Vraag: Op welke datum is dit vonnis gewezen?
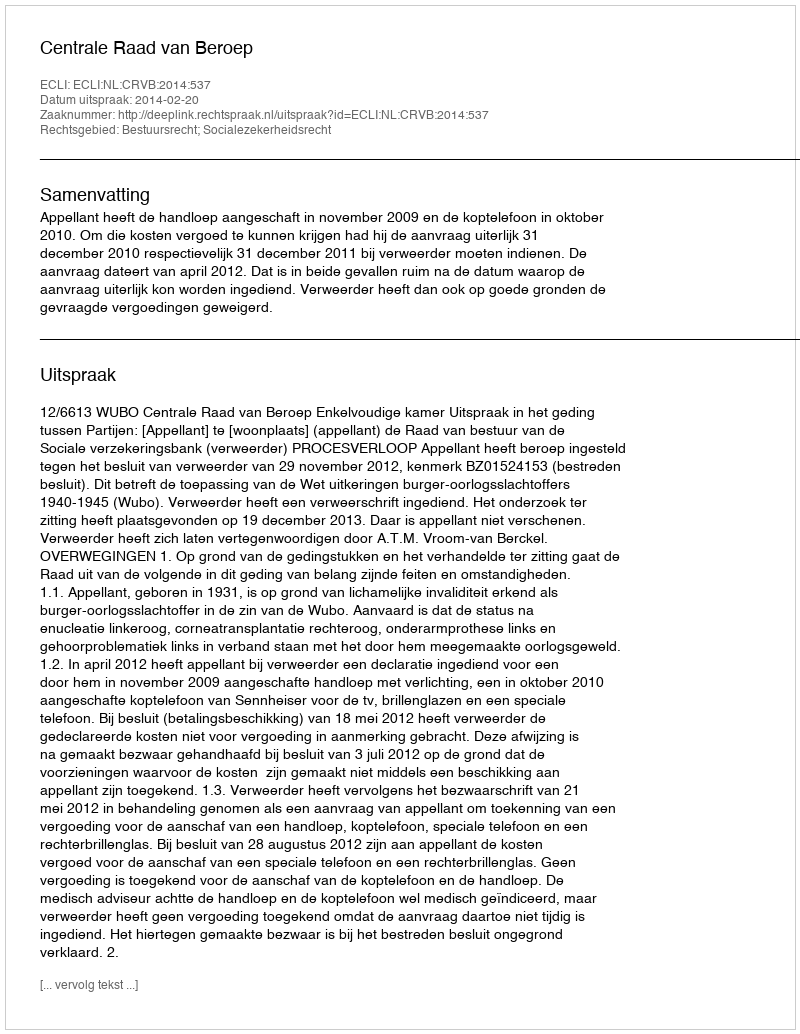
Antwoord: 2014-02-20